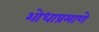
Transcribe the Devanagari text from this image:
शोधाप्रमाणे